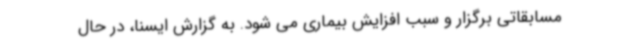
مسابقاتی برگزار و سبب افزایش بیماری می شود. به گزارش ایسنا، در حال